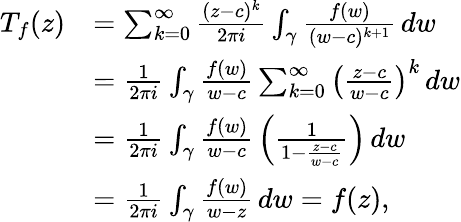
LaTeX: {\begin{array}{rl}{T_{f}(z)}&{=\sum_{k=0}^{\infty}{\frac{(z-c)^{k}}{2\pi i}}\int_{\gamma}{\frac{f(w)}{(w-c)^{k+1}}}\, dw}\\ &{={\frac{1}{2\pi i}}\int_{\gamma}{\frac{f(w)}{w-c}}\sum_{k=0}^{\infty}\left({\frac{z-c}{w-c}}\right)^{k}\, dw}\\ &{={\frac{1}{2\pi i}}\int_{\gamma}{\frac{f(w)}{w-c}}\left({\frac{1}{1-{\frac{z-c}{w-c}}}}\right)\, dw}\\ &{={\frac{1}{2\pi i}}\int_{\gamma}{\frac{f(w)}{w-z}}\, dw=f(z),}\end{array}}